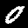
Label: 0